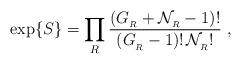
LaTeX: \begin{align*}\exp\{S\}=\prod_R{(G_{_R}+{\cal N}_{_R}-1)!\over(G_{_R}-1)!\, {\cal N}_{_R}!}\ , \end{align*}